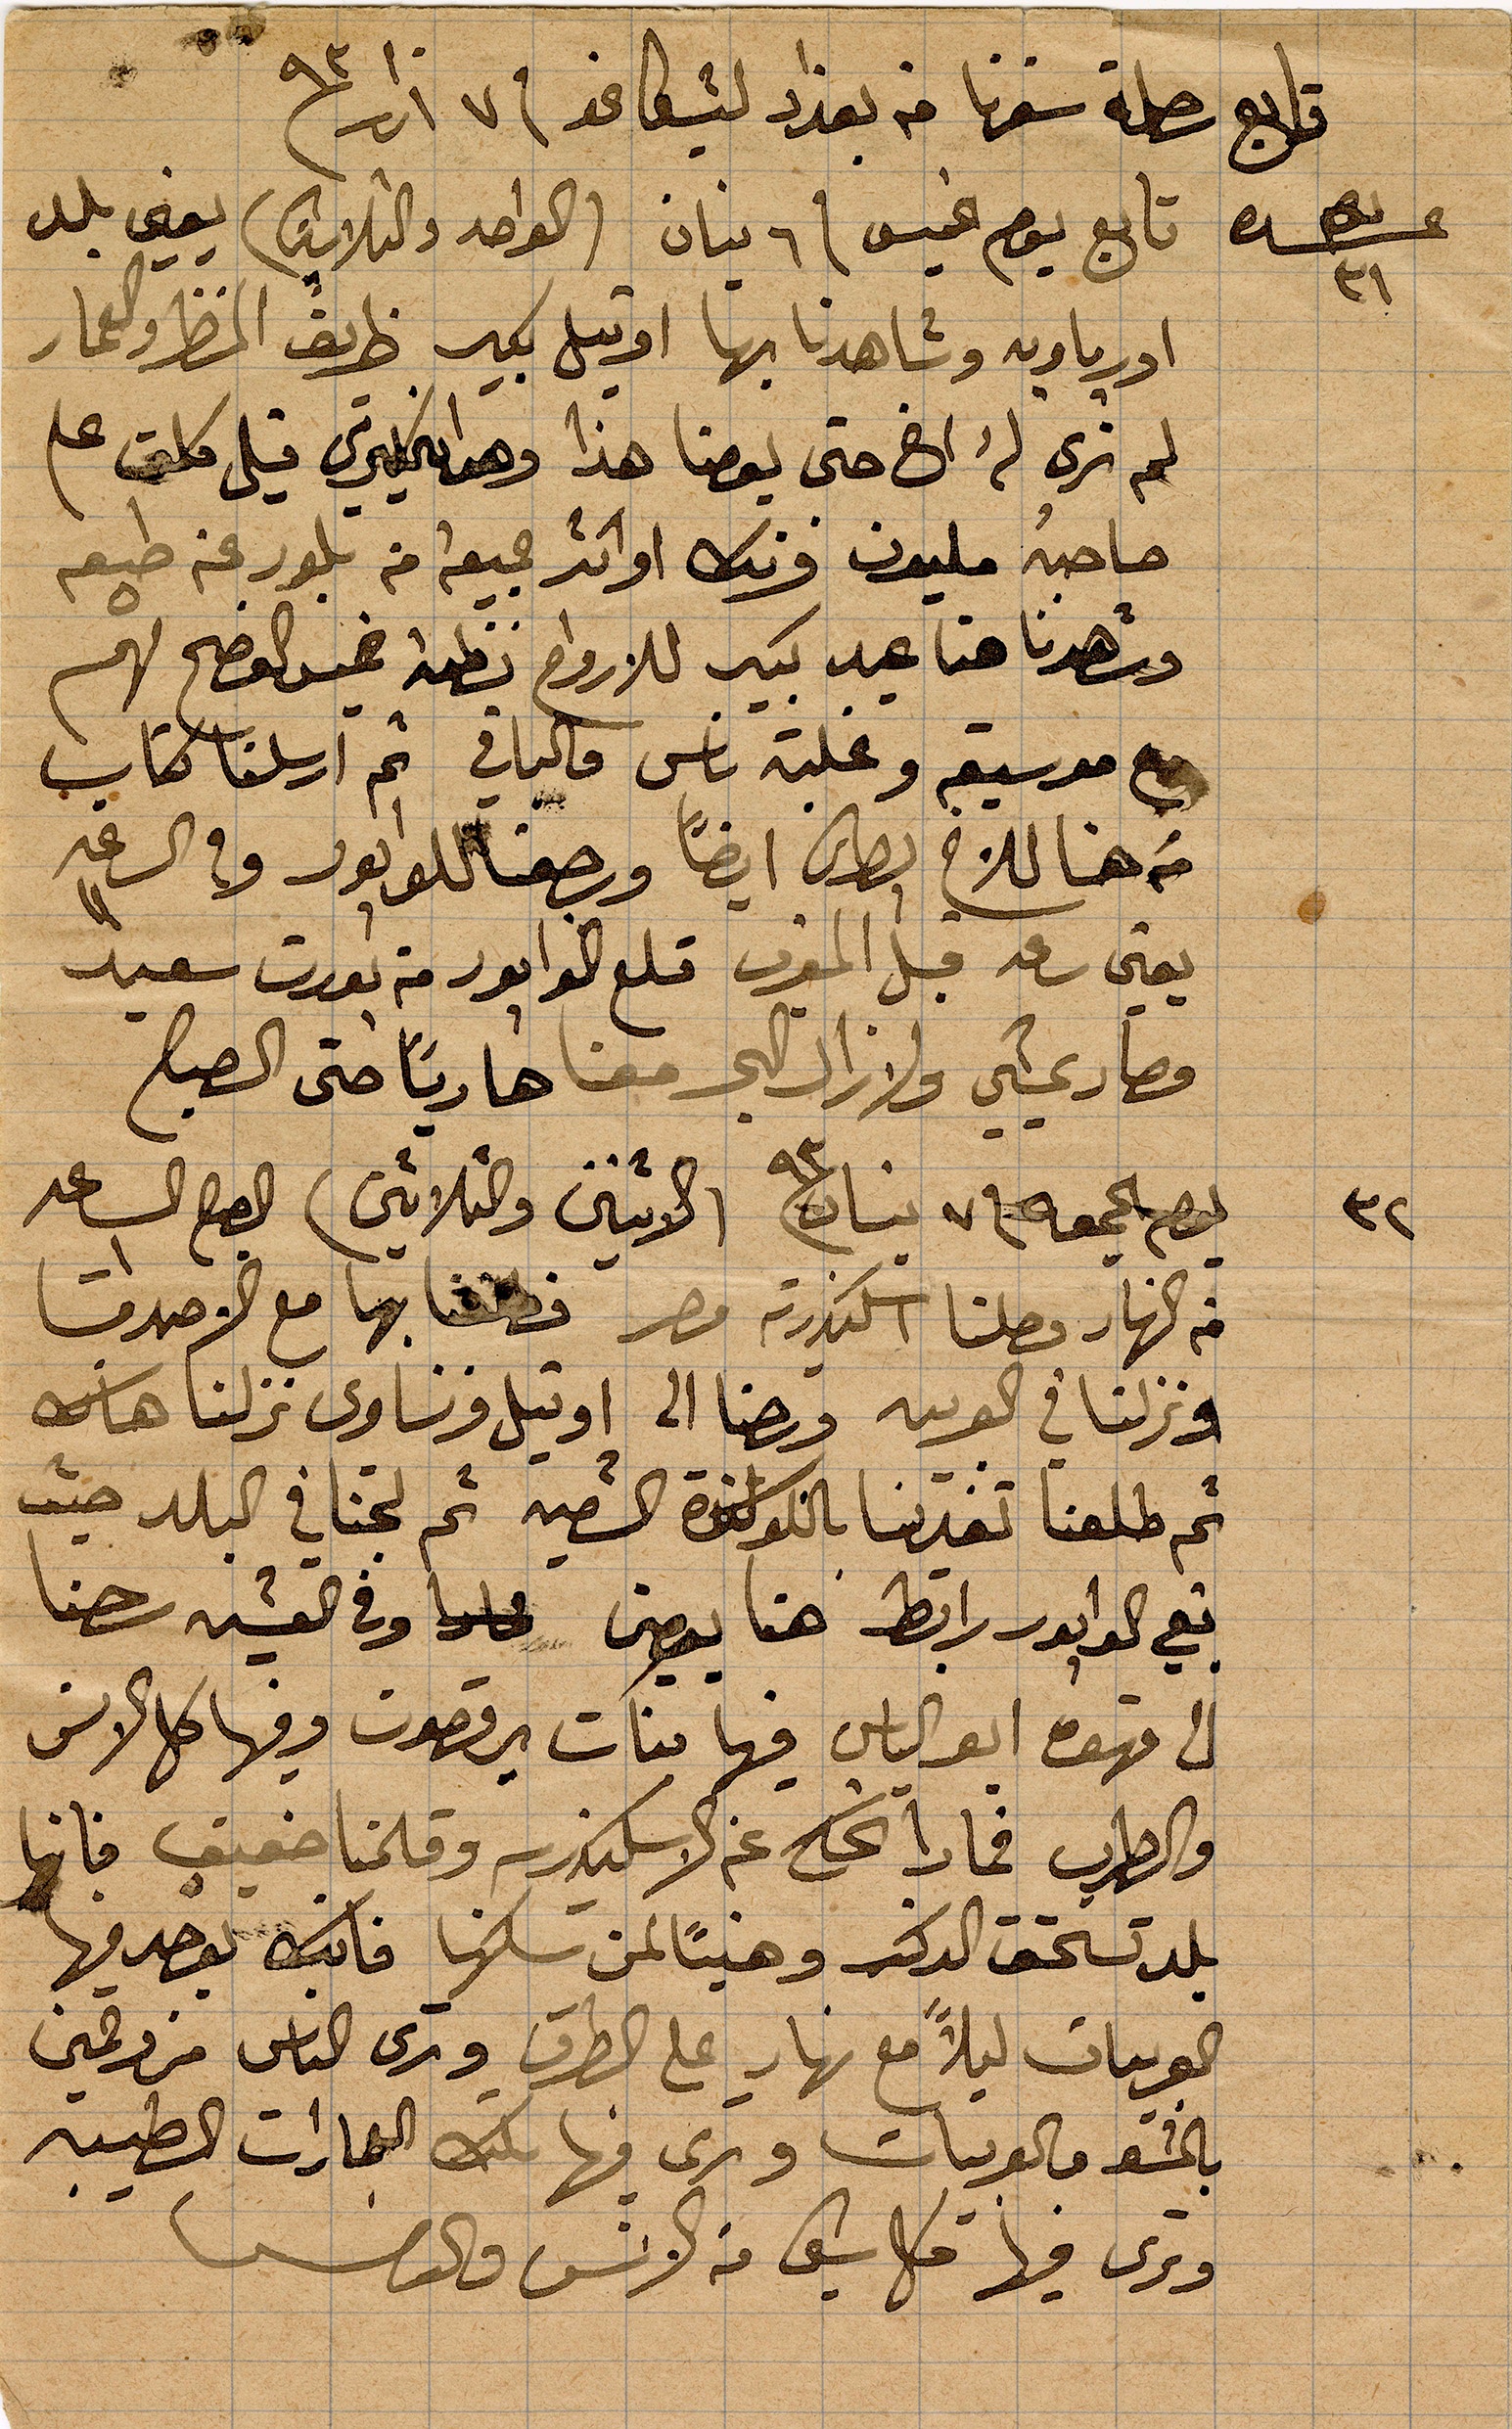
تابع رحلة سفرنا من بغداد لشيكاغو في ٧ اذار ١٨٩٣
تابع يوم الخميس في ٦ نيسان (الواحد والثلاثين) يعني بلد
اوربا وبه شاهدنا بها اوتيل بكير طريف المنظر العمار
لم نرى له اخ حتى يومنا هذا و...قيل كلمة علم
صاحبه مليون فرنك او اكثر ... من بلور رغم طبعه
وشهدنا هنا عيد كبير للارواح نظمه عيد الفصح لهم
موسيقى وغلبة ناس فالباقي ثم ارسلنا كتاب
من هنا للاخ بطرس ايضاً ورجعنا للوابور وفي الساعة ١١
يعني ساعة قبل المغرب قلع الوابور من بورت سعيد
وصار يمشي ولا زال البحر معنا هاديًا حتى الصباح
يوم الجمعة في ٧ نيسان ١٨٩٣ (الاثنين والثلاثين) الصباح الساعد
من النهار وصلنا الإسكندرية مصر فطفنا بها مع الأصدقاء
ونزلنا في العربيه ورحنا الى اوتيل فرنساوي نزلنا هناك
ثم طلعنا تغدينا باللوكندا الشعبية ثم لجنا في البلد حيث
يقع الوابور رابط هنا يومين وفي العشية رحنا
الى قهوة أبو الياس فيها بنات يرقصون وفيها كل الانس
والطرب فماذا نحكي عن الإسكندرية وقلمنا ضعيف فانها
بلد يستحق الركب وهنيئًا لمن سكنها فانه يوجد فيها
العربيات ليلًا مع نهار على الطرق وترى الناس مزدحمين
بال... والعربيات وترى فيها هناك العمارات الطيبة
وترى فيها كل شييء من الانس وال...